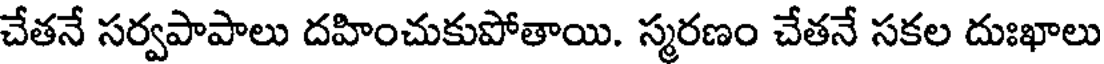
చేతనే సర్వపాపాలు దహించుకుపోతాయి. స్మరణం చేతనే సకల దుఃఖాలు